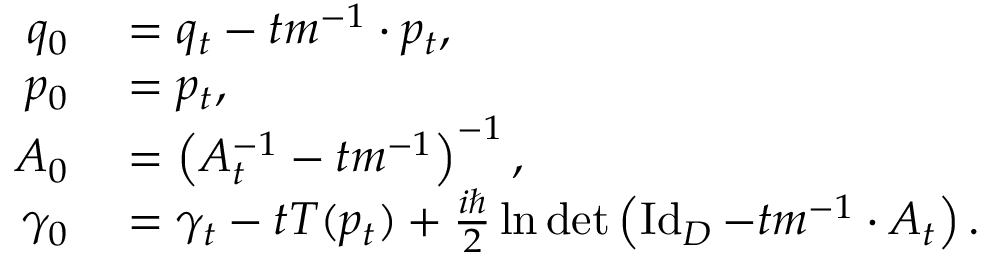
\begin{array} { r l } { q _ { 0 } } & { { } = q _ { t } - t m ^ { - 1 } \cdot p _ { t } , } \\ { p _ { 0 } } & { { } = p _ { t } , } \\ { A _ { 0 } } & { { } = \left( A _ { t } ^ { - 1 } - t m ^ { - 1 } \right) ^ { - 1 } , } \\ { \gamma _ { 0 } } & { { } = \gamma _ { t } - t T ( p _ { t } ) + \frac { i \hbar } { 2 } \ln \operatorname* { d e t } \left( \operatorname { I d } _ { D } - t m ^ { - 1 } \cdot A _ { t } \right) . } \end{array}